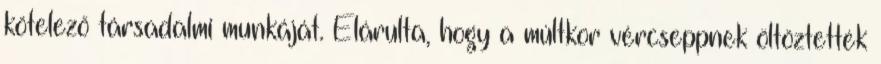
kötelező társadalmi munkáját. Elárulta, hogy a múltkor vércseppnek öltöztették